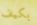
بكيف